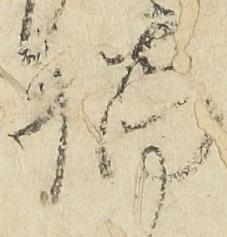
橋